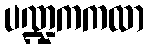
ပဏ္ဍကကထာ